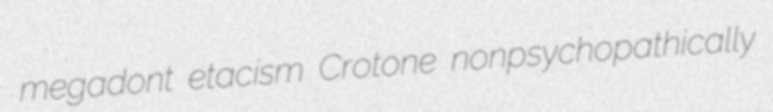
megadont etacism Crotone nonpsychopathically